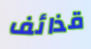
قذائف